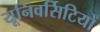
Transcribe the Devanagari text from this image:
यूनिवर्सिटियों